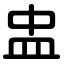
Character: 盅